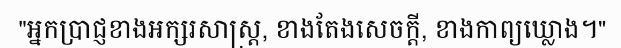
"អ្នកប្រាជ្ញខាងអក្សរសាស្ត្រ, ខាងតែងសេចក្តី, ខាងកាព្យឃ្លោង។"